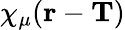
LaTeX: \chi_{\mu}(\textbf{r}-\textbf{T})